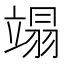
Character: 𫁩